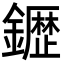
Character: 𮣙